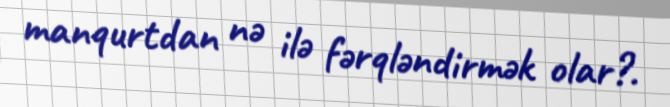
manqurtdan nə ilə fərqləndirmək olar?.